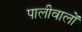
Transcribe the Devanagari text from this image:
पालीवालों